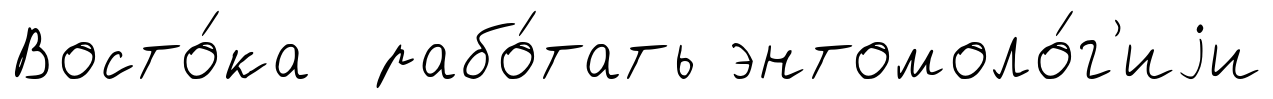
Восто́ка рабо́тать энтомоло́г'иjи